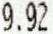
9.92